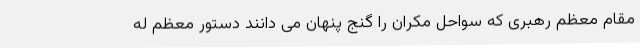
مقام معظم رهبری که سواحل مکران را گنج پنهان می دانند دستور معظم له